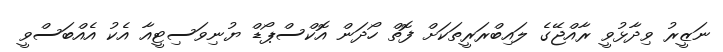
ނަޒީރު ވިދާޅުވީ ރާއްޖޭގެ ލައިބްރަރީތަކަށް ފޮތް ހޯދަން އޮކްސްޕޯޑް ޔުނިވަސިޓީއާ އެކު އެއްބަސްވީ